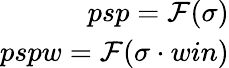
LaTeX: \begin{array}{r}{psp=\mathcal{F}(\sigma)}\\ {pspw=\mathcal{F}(\sigma\cdot win)}\end{array}